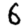
Digit: 6